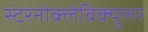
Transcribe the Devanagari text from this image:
स्टरनोक्लेविक्युलर